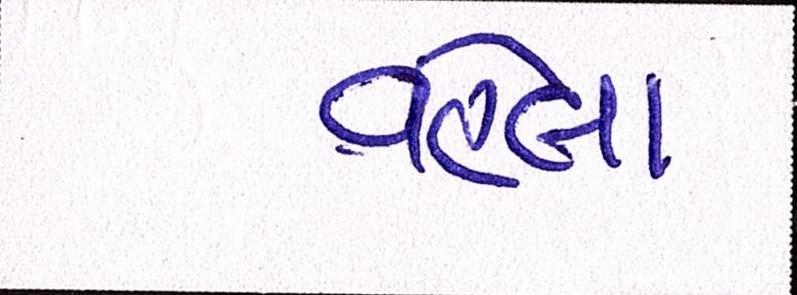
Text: વહેલા